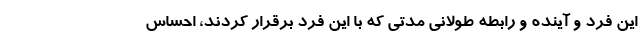
این فرد و آینده و رابطه طولانی مدتی که با این فرد برقرار کردند، احساس